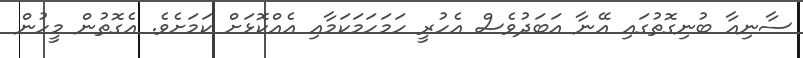
ސާނިއާ ބުނިގޮތުގައި އޭނާ އަބަދުވެސް އެހުރީ ހަމަހަމަކަމާއި އެއްކޮޅަށް ކަމަށެވެ. އެގޮތުން މީހުން